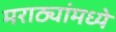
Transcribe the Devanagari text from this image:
मराठ्यांमध्ये